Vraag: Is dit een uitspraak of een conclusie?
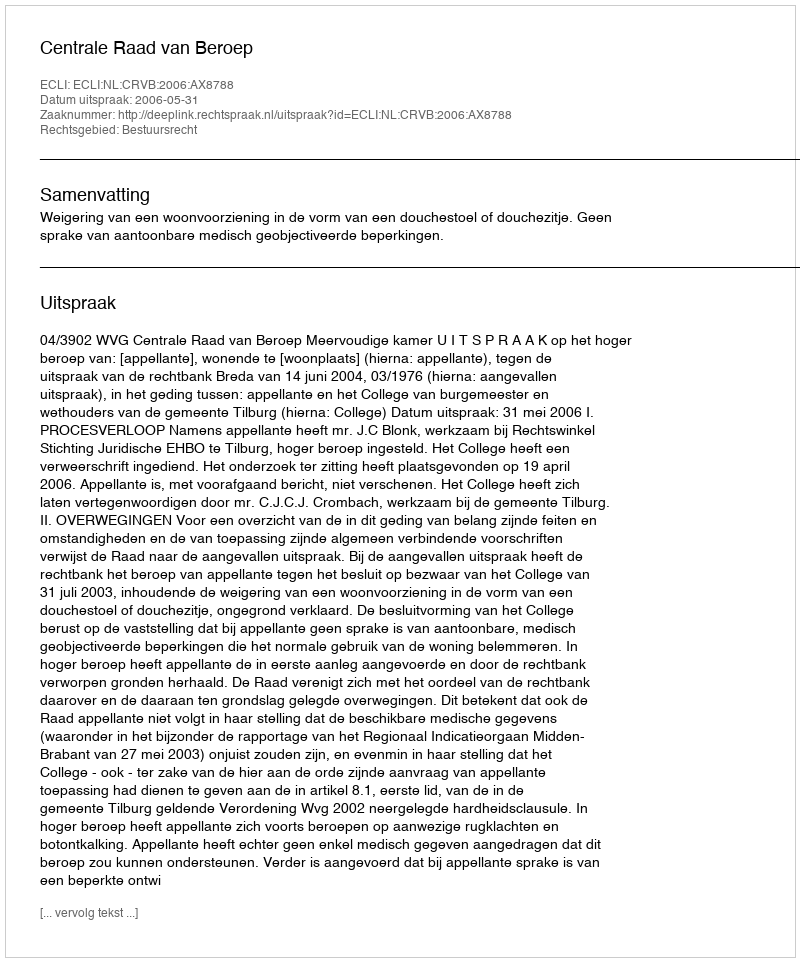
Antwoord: Uitspraak